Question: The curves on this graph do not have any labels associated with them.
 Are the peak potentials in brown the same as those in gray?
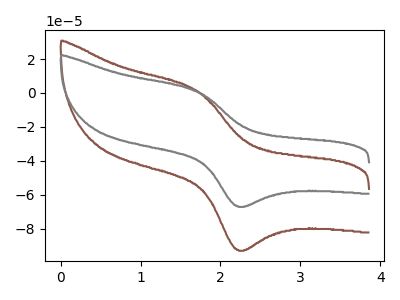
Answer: <think>The brown curve "brown" has an anodic peak at (1.70V, 1.55uA) and a cathodic peak at (2.20V, -92.45uA). The gray curve "gray" has an anodic peak at (1.70V, 1.10uA) and a cathodic peak at (2.20V, -66.80uA).</think>
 <answer>Yes, "brown" have a peak in "gray" at the same potential.</answer>
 <eval>match</eval>